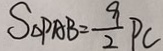
S _ { \Delta P A B = \frac { 9 } { 2 } P C }